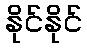
နိုင်နိုင်